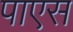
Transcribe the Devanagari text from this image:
पाएस